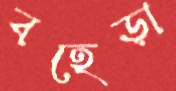
বহেড়া